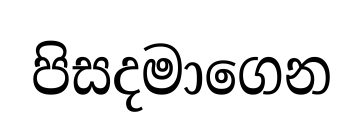
පිසදමාගෙන